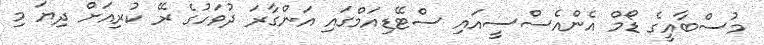
މުސްބާއީގެ ޑޯމް އެންއެސްސީއައި ސްޓޭޑިއަމްގައި އަންގާރަ ދުވަހުގެ ރޭ ކުރިއަށް ދިޔަ މި